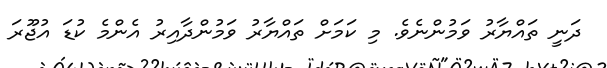
ދަނީ ތައްޔާރު ވަމުންނެވެ. މި ކަމަށް ތައްޔާރު ވަމުންދާއިރު އެންމެ ކުޑަ އުޖޫރަ